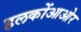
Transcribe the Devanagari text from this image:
हलकोंआओर